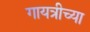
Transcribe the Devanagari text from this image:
गायत्रीच्या